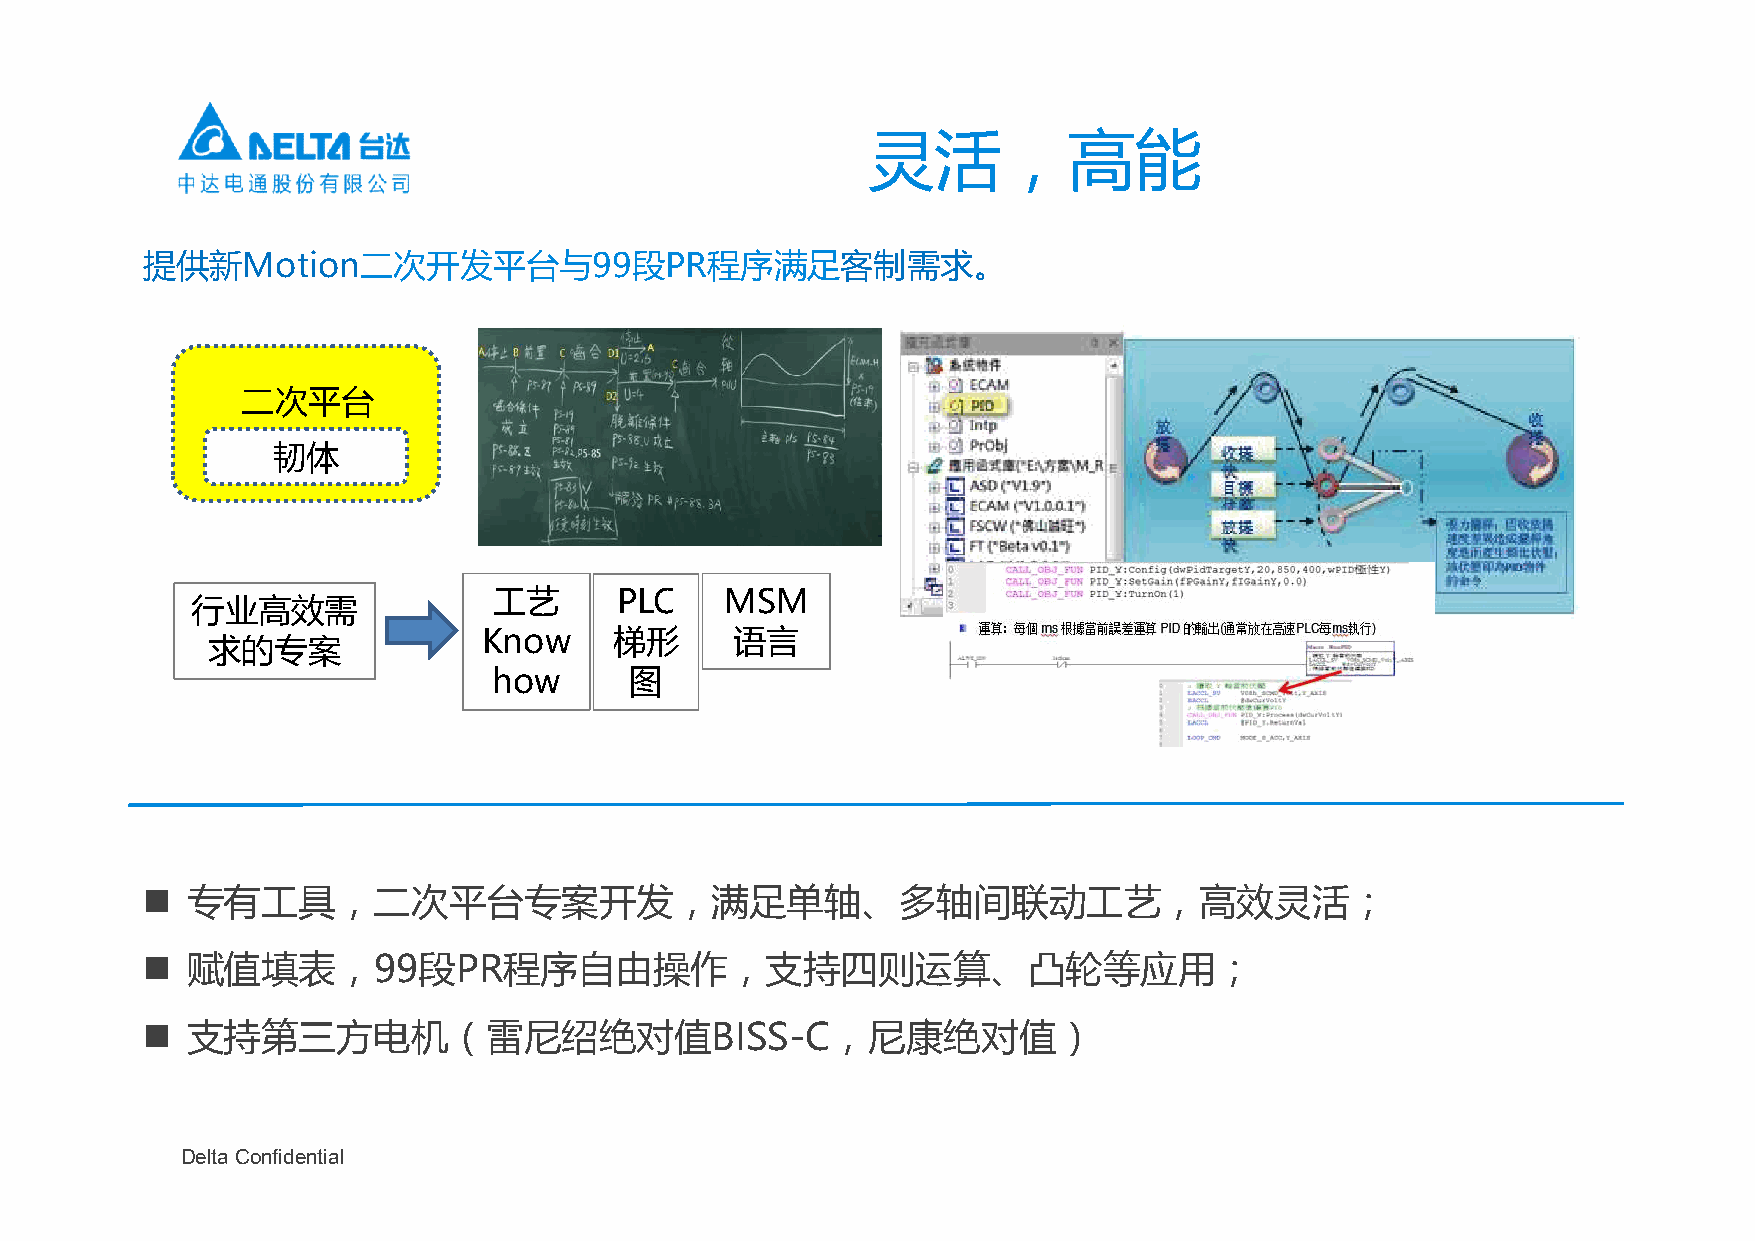
灵活，高能
 提供新Motion二次开发平台与99段PR程序满足客制需求。
 二次平台
 韧体
 工艺      PLC    MSM
 行业高效需
 Know     梯形      语言
 求的专案
 how      图
   专有工具，二次平台专案开发，满足单轴、多轴间联动工艺，高效灵活；
   赋值填表，99段PR程序自由操作，支持四则运算、凸轮等应用；
   支持第三方电机（雷尼绍绝对值BISS-C，尼康绝对值）
 Delta Confidential